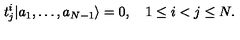
t _ { j } ^ { i } | a _ { 1 } , \ldots , a _ { N - 1 } \rangle = 0 , \quad 1 \leq i < j \leq N .